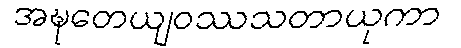
အဍ္ဎတေယျဝဿသတာယုကာ